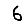
Digit: 6